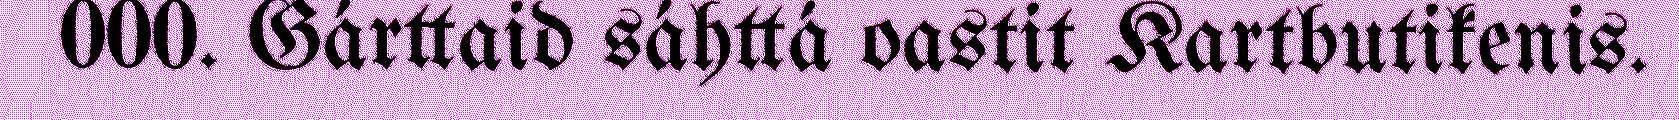
000. Gárttaid sáhttá oastit Kartbutikenis.